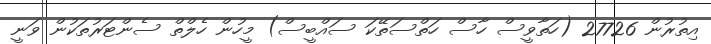
އިތުރުން 27726 (ހަތާވީސް ހާސް ހަތްސަތޭކަ ސައްބީސް) މީހުން ހެލްތް ސެންޓަރުތަކުން ވަނީ